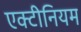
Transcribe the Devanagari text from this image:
एक्टीनियम